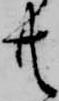
共